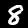
Digit: 8